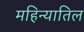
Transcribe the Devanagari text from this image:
महिन्यातिल